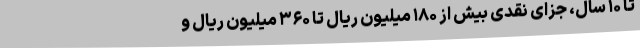
تا ۱۰ سال، جزای نقدی بیش از ۱۸۰ میلیون ریال تا ۳۶۰ میلیون ریال و